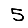
Digit: 5